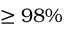
\geq 9 8 \%